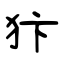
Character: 犿